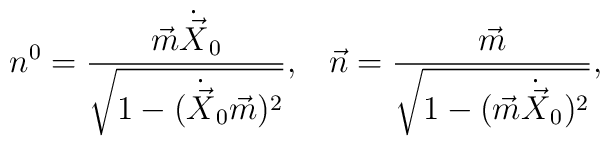
n^{0} = \frac{\vec{m} \dot{\vec{X}}_{0}}{\sqrt{1 - (\dot{\vec{X}}_{0}\vec{m})^2}},\;\;\; \vec{n} = \frac{\vec{m}}{\sqrt{1-(\vec{m}\dot{\vec{X}}_{0})^2}},